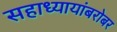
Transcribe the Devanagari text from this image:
सहाध्यायांबरोबर